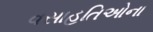
વસાહતિઓના